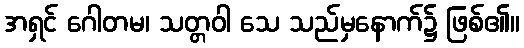
အရှင် ဂေါတမ၊ သတ္တဝါ သေ သည်မှနောက်၌ ဖြစ်၏။